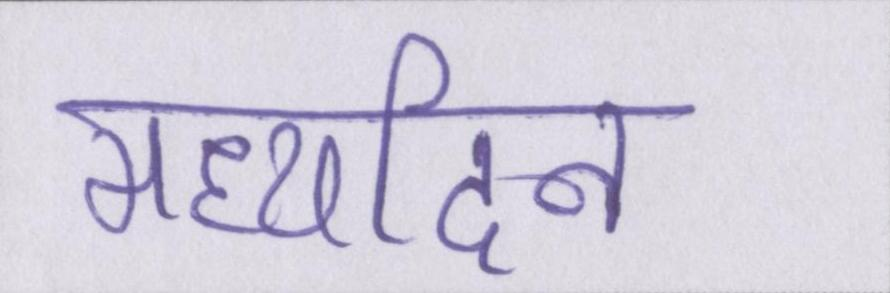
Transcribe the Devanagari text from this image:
मध्यदिन